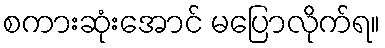
စကားဆုံးအောင် မပြောလိုက်ရ။